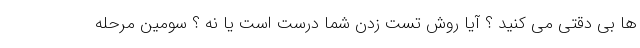
ها بی دقتی می کنید ؟ آیا روش تست زدن شما درست است یا نه ؟ سومین مرحله